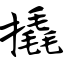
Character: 撬